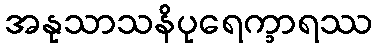
အနုသာသနိပုရေက္ခာရဿ